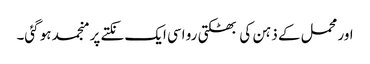
اور محمل کے ذہن کی بھٹکتی رو اسی ایک نکتے پر منجمد ہو گئی۔